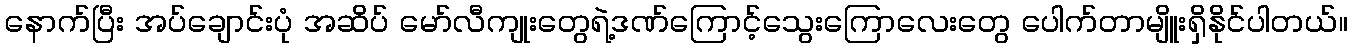
နောက်ပြီး အပ်ချောင်းပုံ အဆိပ် မော်လီကျုးတွေရဲ့ဒဏ်ကြောင့်သွေးကြောလေးတွေ ပေါက်တာမျိူးရှိနိုင်ပါတယ်။